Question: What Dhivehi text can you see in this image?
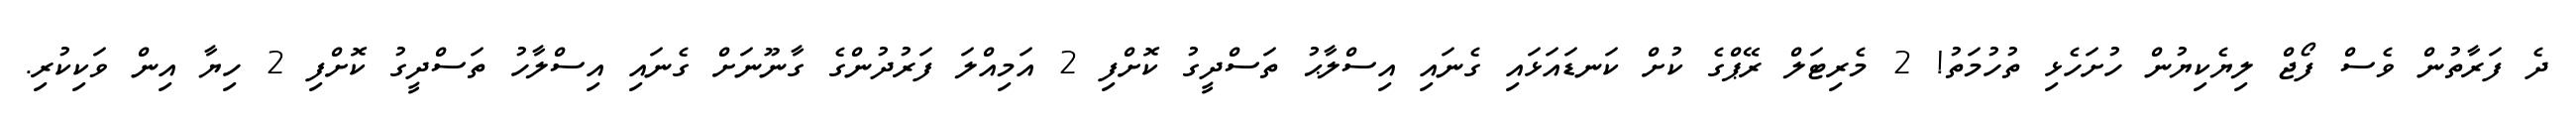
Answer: ދެ ފަރާތުން ވެސް ފޯޖް ލިޔެކިޔުން ހުށަހެޅި ތުހުމަތު! 2 މެރިޓަލް ރޭޕްގެ ކުށް ކަނޑައަޅައި ގެނައި އިސްލާޙު ތަސްދީގު ކޮށްފި 2 އަމިއްލަ ފަރުދުންގެ ގާނޫނަށް ގެނައި އިސްލާހު ތަސްދީގު ކޮށްފި 2 ހިޔާ އިން ވަކިކުރި.